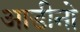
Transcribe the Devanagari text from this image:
आडीनो